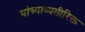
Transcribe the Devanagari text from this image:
यांच्याव्यतीरिक्त